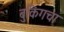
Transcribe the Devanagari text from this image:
बुकिंगचा